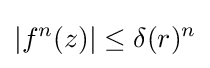
|f^{n}(z)|\leq \delta (r)^{n}